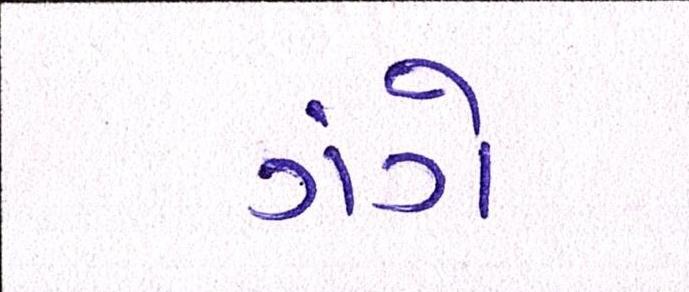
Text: ગંગે